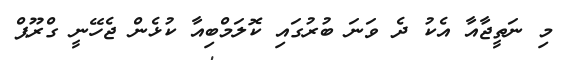
މި ނަތީޖާއާ އެކު ދެ ވަނަ ބުރުގައި ކޮލަމްބިއާ ކުޅެން ޖެހޭނީ ގްރޫޕް